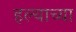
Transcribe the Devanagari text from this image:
हल्याच्या